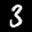
Label: 3